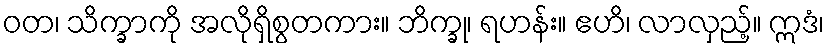
ဝတ၊ သိက္ခာကို အလိုရှိစွတကား။ ဘိက္ခု၊ ရဟန်း။ ဧဟိ၊ လာလှည့်။ ဣဒံ၊